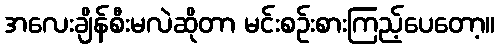
အလေးချိန်စီးမလဲဆိုတာ မင်းစဉ်းစားကြည့်ပေတော့။